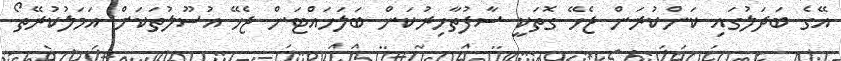
އޭގެ ބަދަލުގައި ކަންކުރަން ޖެހޭ ގޮތަކީ ސާފުތާހިރުކަން ބަލަހައްޓަން ޖެހޭ އުސޫލުތަކަށް އަމަލުކުރޭތޯ